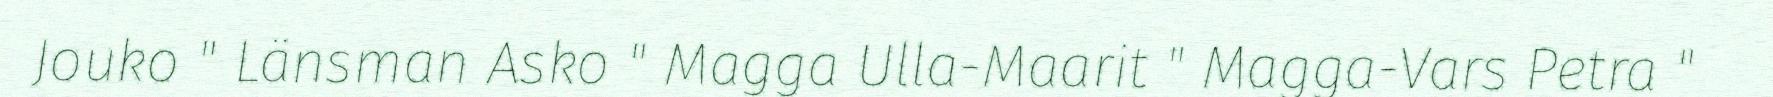
Jouko " Länsman Asko " Magga Ulla-Maarit " Magga-Vars Petra "